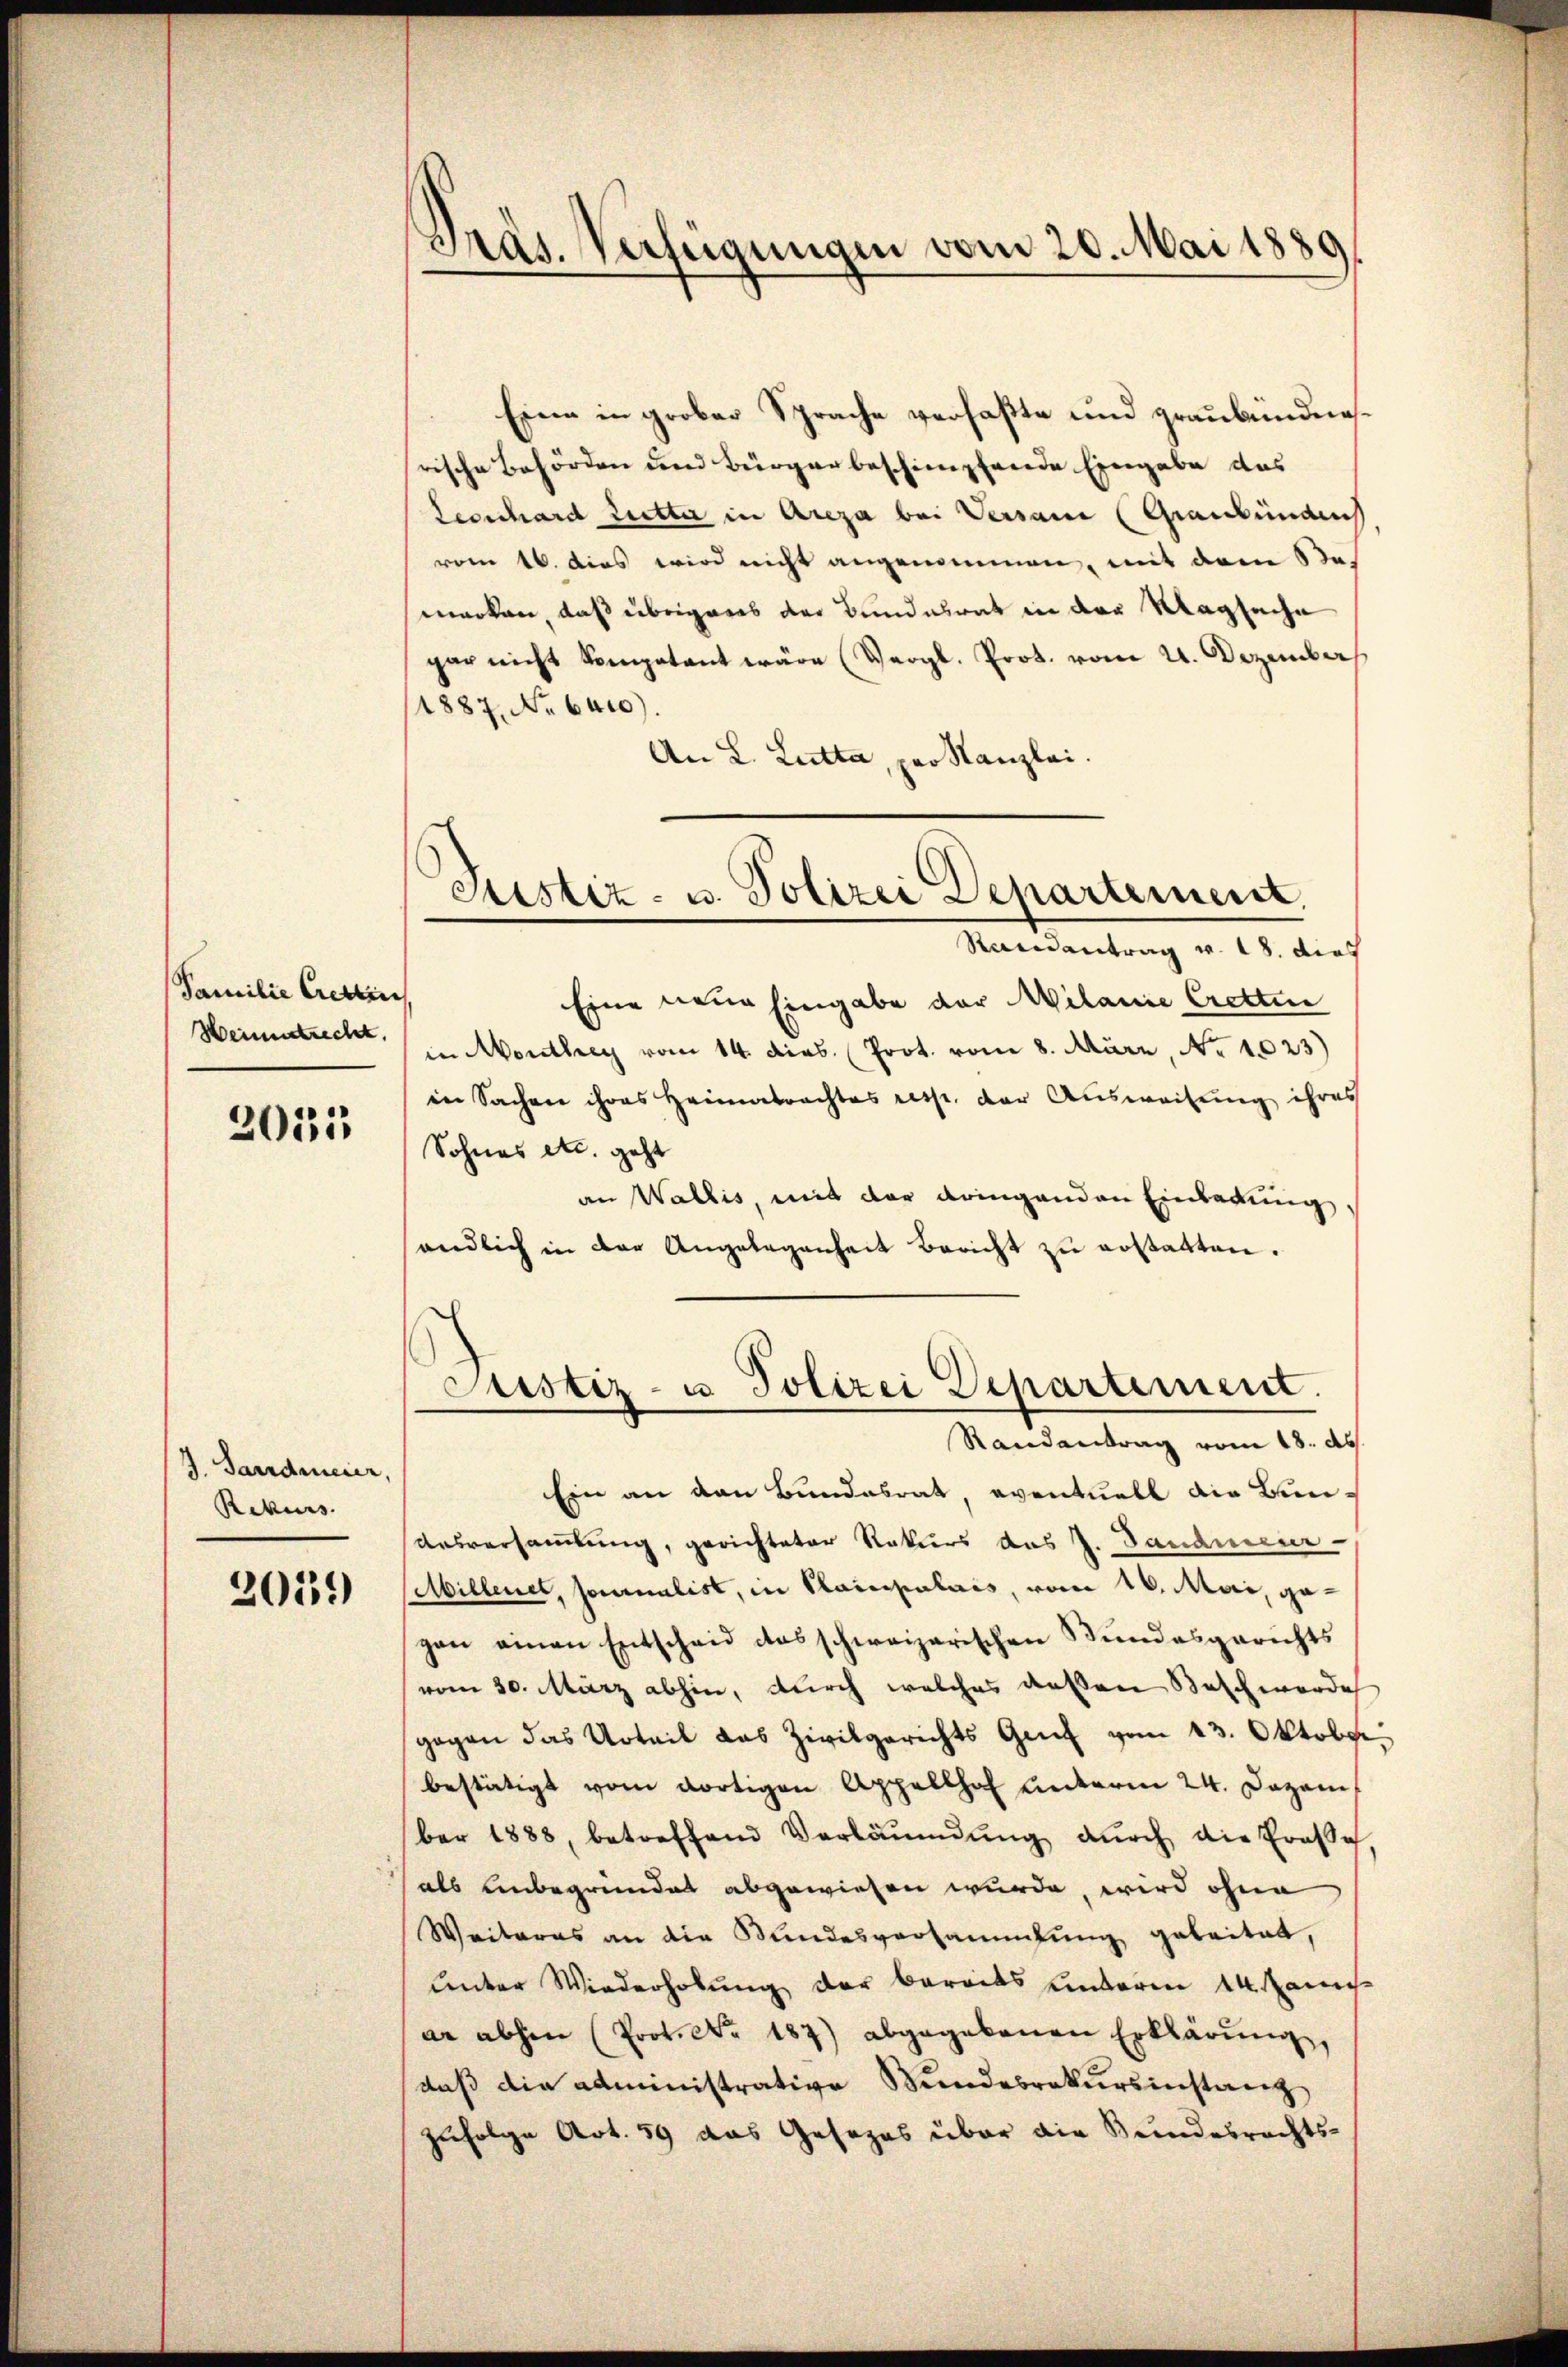
Familie Cretin
Heimatrecht
2032

J. Sarrdmeier,
Rekurs.

20139)

Eine in grober Sprache verfaßte und graubündenrische Behörden und Bürgerbeschimpfende Eingabe das
Leonhard Lutter in Areza bei Versame (Graubündens
vom 16. das wird nicht angenommen, mit dem Se
merken, daß übrigeres der Bundesrat in der Klagsache
gar nicht kompatant wäre (Vergl. Prot. vom 4. Dezember
1887, No 6410).
An L. Lutta, per Kanzlei.

Pras. Verfügungen vom 20. Mai 1889

Justiz- u. Polizei Departement.
Randantrag v. 18. dies

Eine neue Eingabe der Milanie Cretten
in Monthey vom 14. dies. Prot. vom 8. März, No 1023)
in Sachen ihres Heimatrachtes resp. der Ausweisung ihres
Sohnes etc. geht
an Wallis, mit der dringenden Einladung,
endlich in der Angelegenheit bericht zŭ erstatten.
Ein an den Bundesrat, eventuell die Bun¬
Ausversammlung, gerichteter Rekurs das J. Dandneur
Sibillenet, formalist, in Plainpalais, vom 16. Mai, gegen einen Entscheid das schweizerischen Bundesgerichts
vom 30. März abhin, durch welches deßen Beschwerde
gegen das Urteil das Zivilgerichts Genf vom 13. Oktober.
bestätigt vom dortigen Appellhof unterm 24. Dezem
ber 1888, betreffend Vorläŭmŭng dŭrch die Frasse
als unbegründet abgewiesen wurde, wird ohne
Weiteres an die Stundesversammlung geleitet,
unter Wiederholung der Baracts unterm 14. Janis
ar abhin (Prot. No. 187) abgegebenen Erklärŭng,
daß die administrative Bundesrakursinstanz
zufolge Art. 59 das Gesezes über die Bundesrechts-

Justiz- u. Polizei Departement.
Randantrag vom 18. ds.